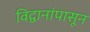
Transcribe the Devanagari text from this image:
विद्वानांपासून